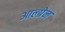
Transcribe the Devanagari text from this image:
आल्ग्रेन